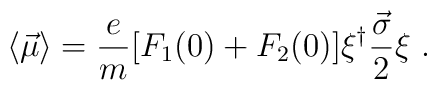
\langle \vec{\mu} \rangle = \frac{e}{m}[F_1(0)+F_2(0)]{\xi}^{\dagger} \frac{\vec{\sigma}}{2}\xi\ .